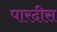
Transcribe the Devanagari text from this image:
पारदीस